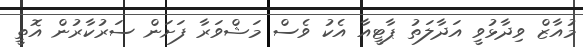
މުއާޒް ވިދާޅުވީ އަދާލަތު ޕާޓީއާ އެކު ވެސް މަޝްވަރާ ފަށަން ސަރުކާރުން އޮތީ